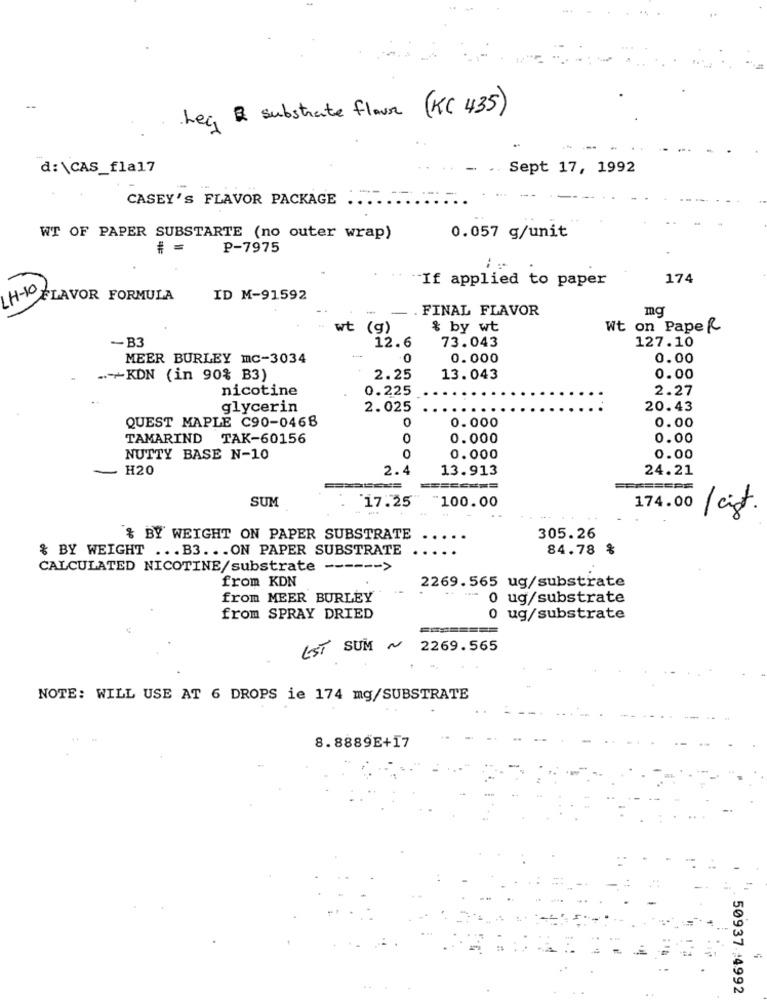
Leg & substrate flour (KC 435)
d: \CAS_fla17
- .. Sept 17, 1992
CASEY'S FLAVOR PACKAGE ..
-- --
WT OF PAPER SUBSTARTE (no outer wrap)
0.057 g/unit
P-7975
:
174
" If applied to paper
LH- FLAVOR FORMULA
ID M-91592
- . FINAL FLAVOR
mg
wt (g)
& by wt
Wt on Paper
-B3
12.6
73.043
127.10
MEER BURLEY MC-3034
.0
0.000
0.00
.- +KDN (in 90% B3)
2.25
13.043
0.00
nicotine
0.225
2.27
glycerin
2.025
20.43
QUEST MAPLE C90-0468
0.000
0.00
TAMARIND TAK-60156
0
0.000
0.00
NUTTY BASE N-10
O
0.000
0.00
H20
2.4
13.913
24.21
===
SUM
17.25
"100.00
174.00
/ cist
$ BY WEIGHT ON PAPER SUBSTRATE
305.26
& BY WEIGHT ... B3. .. ON PAPER SUBSTRATE
84.78 %
CALCULATED NICOTINE/substrate ------ >
from KDN
2269.565 ug/substrate
from MEER BURLEY
0 ug/substrate
from SPRAY DRIED
0 ug/substrate
EST SUM ~ 2269.565
NOTE: WILL USE AT 6 DROPS ie 174 mg/SUBSTRATE
8.8889E+17
50937:4992